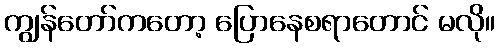
ကျွန်တော်ကတော့ ပြောနေစရာတောင် မလို။